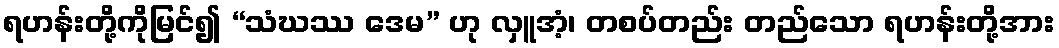
ရဟန်းတို့ကိုမြင်၍ “သံဃဿ ဒေမ” ဟု လှူအံ့၊ တစပ်တည်း တည်သော ရဟန်းတို့အား